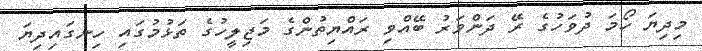
މިދިޔަ ހޯމަ ދުވަހުގެ ރޭ ދަންވަރު ބޭއްވި ރައްޔިތުންގެ މަޖިލީހުގެ ތަޅުމުގައި ހިނގައިދިޔަ